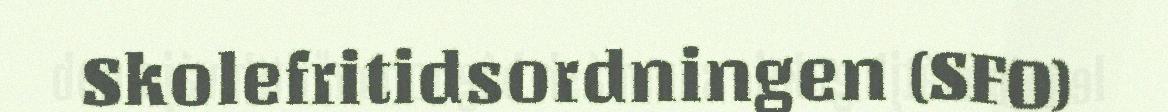
Skolefritidsordningen (SFO)